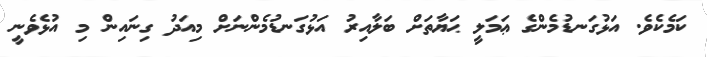
ކަމެކެވެ. އަޅުގަނޑުމެންގެ ޢަމަލީ ޙަޔާތަށް ބަލާއިރު އަޅުގަނޑުމެންނަށް މިއަދު ގިނައިން މި އުޅެވެނީ